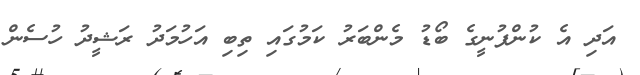
އަދި އެ ކުންފުނީގެ ބޯޑު މެންބަރު ކަމުގައި ތިބި އަހުމަދު ރަޝީދު ހުސެން